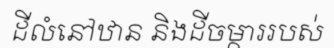
ដីលំនៅឋាន និងដីចម្ការរបស់